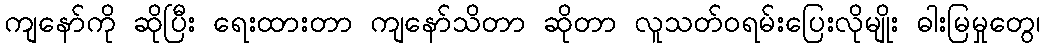
ကျနော်ကို ဆိုပြီး ရေးထားတာ ကျနော်သိတာ ဆိုတာ လူသတ်ဝရမ်းပြေးလိုမျိုး ဓါးမြမှုတွေ၊